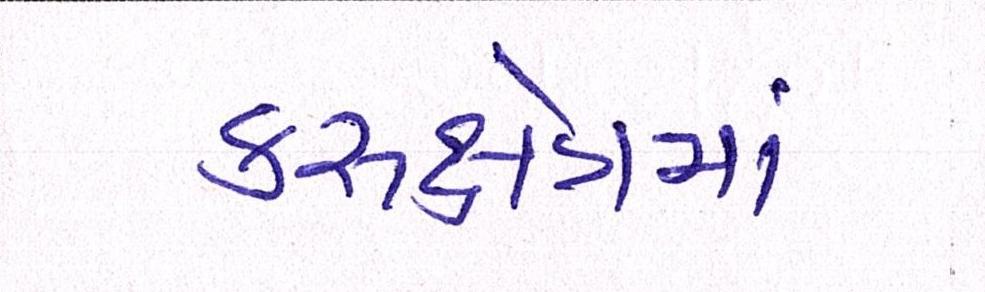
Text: કરુક્ષેત્રમાં